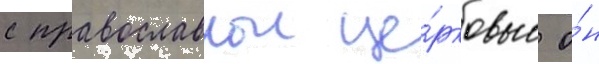
с православнои це́рковью о́н